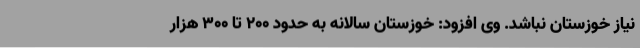
نیاز خوزستان نباشد. وی افزود: خوزستان سالانه به حدود 200 تا 300 هزار